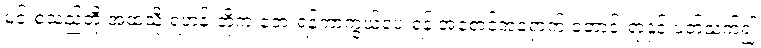
မင်းစသည်တို့ အထံသို့ ရဟန်းတို့က ဘေးရန်ကာကွယ်ပေးရန် အစောင့်အရှောက် တောင်းရာနှင့် ပတ်သက်၍